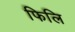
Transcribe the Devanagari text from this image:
फिलि